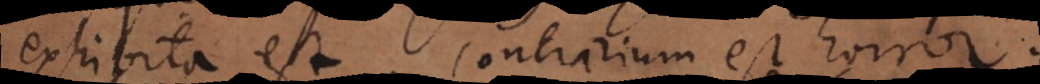
exhibita est. Contrarium est horror,